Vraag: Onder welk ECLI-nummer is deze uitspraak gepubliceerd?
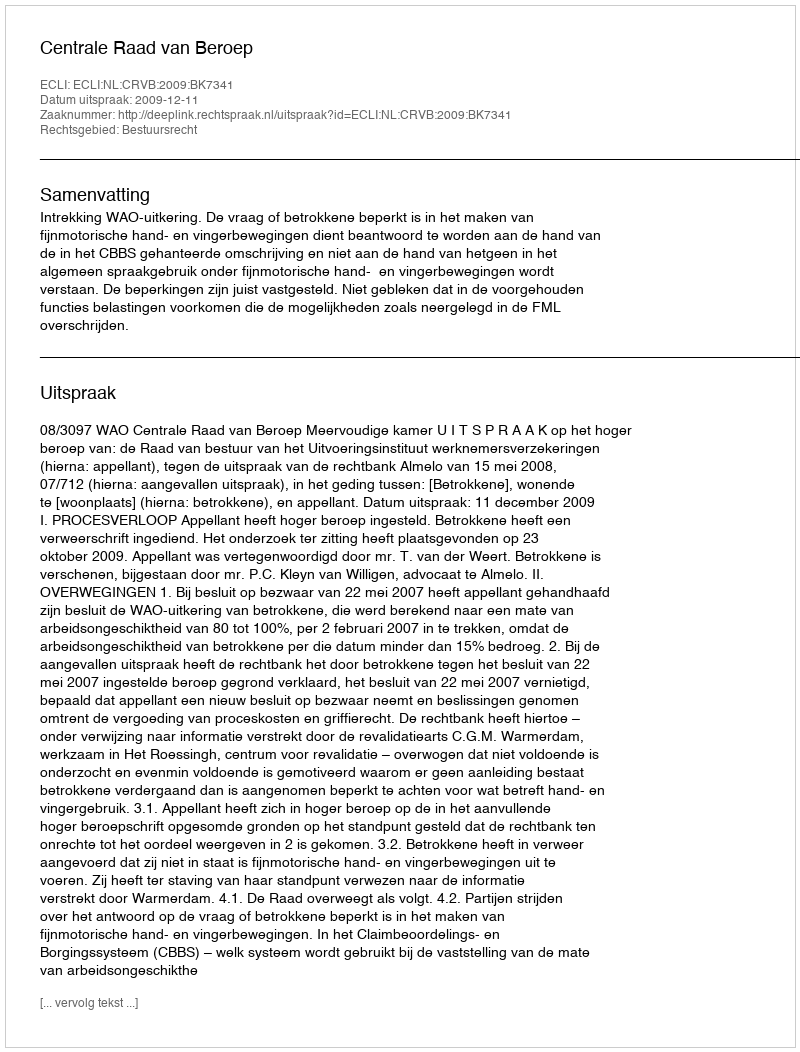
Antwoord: ECLI:NL:CRVB:2009:BK7341